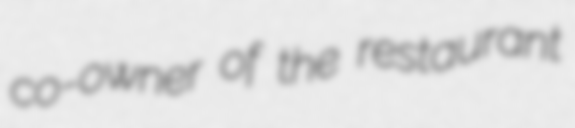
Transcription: co-owner of the restaurant